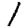
Digit: 1